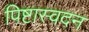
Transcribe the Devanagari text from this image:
पिष्टास्वदन